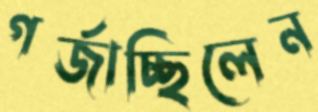
গর্জাচ্ছিলেন